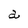
Character: a